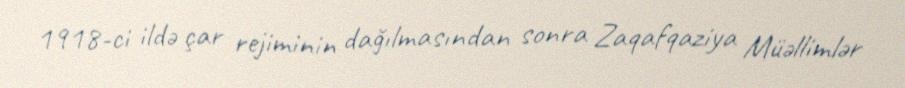
1918-ci ildə çar rejiminin dağılmasından sonra Zaqafqaziya Müəllimlər